Applicability to medico-legal practice in India of the biochemical tests for the origin of blood-stains - Number 39
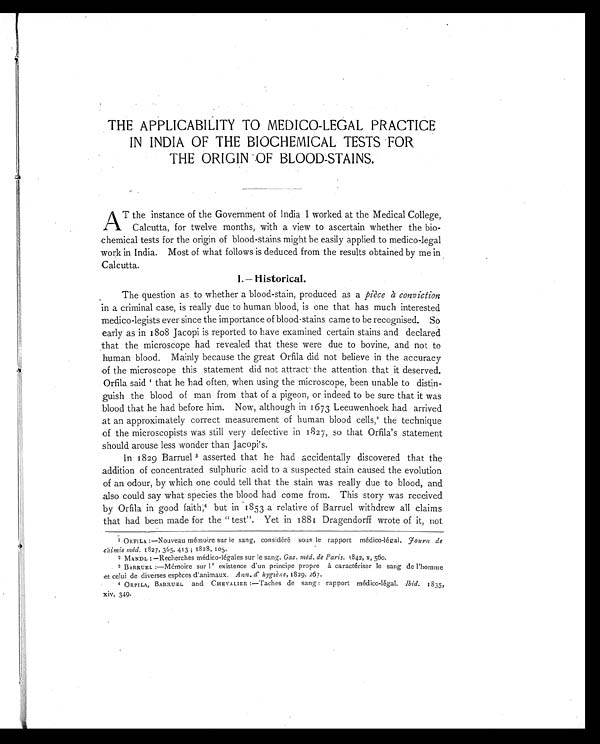
THE APPLICABILITY TO MEDICO-LEGAL PRACTICE
IN INDIA OF THE BIOCHEMICAL TESTS FOR
THE ORIGIN OF BLOOD-STAINS.
A T the instance of the Government of India I worked at the Medical College,
Calcutta, for twelve months, with a view to ascertain whether the bio-
chemical tests for the origin of blood-stains might be easily applied to medico-legal
work in India. Most of what follows is deduced from the results obtained by me in
Calcutta.
I. — Historical.
The question as to whether a blood-stain, produced as a pièce à conviction
in a criminal case, is really due to human blood, is one that has much interested
medico-legists ever since the importance of blood-stains came to be recognised. So
early as in 1808 Jacopi is reported to have examined certain stains and declared
that the microscope had revealed that these were due to bovine, and not to
human blood. Mainly because the great Orfila did not believe in the accuracy
of the microscope this statement did not attract the attention that it deserved.
Orfila said 1 that he had often, when using the microscope, been unable to distin-
guish the blood of man from that of a pigeon, or indeed to be sure that it was
blood that he had before him. Now, although in 1673 Leeuwenhoek had arrived
at an approximately correct measurement of human blood cells, 2 t h e t e c h n i q u e
of the microscopists was still very defective in 1827, so that Orfila's statement
should arouse less wonder than Jacopi's.
In 1829 Barruel3 asserted that he had accidentally discovered that the
addition of concentrated sulphuric acid to a suspected stain caused the evolution
of an odour, by which one could tell that the stain was really due to blood, and
also could say what species the blood had come from. This story was received
by Orfila in good faith, 4 but in 1853 a relative of Barruel withdrew all claims
that had been made for the "test". Yet in 1881 Dragendorff wrote of it, not
1 ORFILA:—Nouveau mémoire sur le sang, considéré sous le rapport médico-légal. Journ de
chimie méd. 1827, 365, 413; 1828, 105,
I MANDL: —Recherches médico-légales sur le sang. Gaz. méd. de Paris. 1842, x, 560.
3 BARRUEL:—Mémoire sur l' existence dun principe propre à caractériser le sang de
l'homme et celui de diverses espèces d'animaux. Ann. d' hygiène, 1829, 267.
4 ORFILA, BARRUEL and CHEVALIER:—Taches de sang: rapport médico-légal. Ibid. 1835,
xiv, 349.